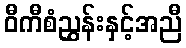
ဝီကီစံညွှန်းနှင့်အညီ